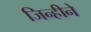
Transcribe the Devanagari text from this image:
जिन्हीने